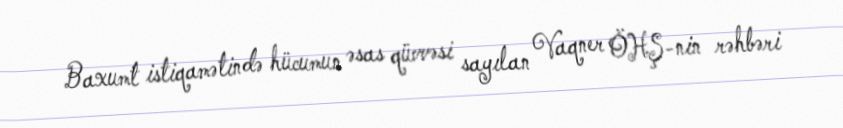
Baxumt istiqamətində hücumun əsas qüvvəsi sayılan Vaqner ÖHŞ-nin rəhbəri